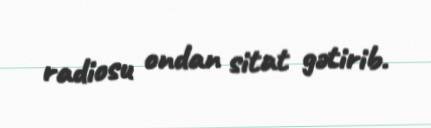
radiosu ondan sitat gətirib.